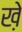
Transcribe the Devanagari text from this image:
ख़े